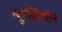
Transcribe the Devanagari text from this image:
न्युक्लियॉन